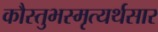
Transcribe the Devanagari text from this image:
कौस्तुभस्मृत्यर्थसार